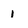
Character: 1